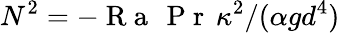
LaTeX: N^{2}=-\mathrm{~R~a~\, ~P~r~}\, \kappa^{2}/(\alpha gd^{4})